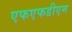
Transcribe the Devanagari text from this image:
एफएफडीएम